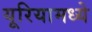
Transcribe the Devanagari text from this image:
यूरियामध्ये